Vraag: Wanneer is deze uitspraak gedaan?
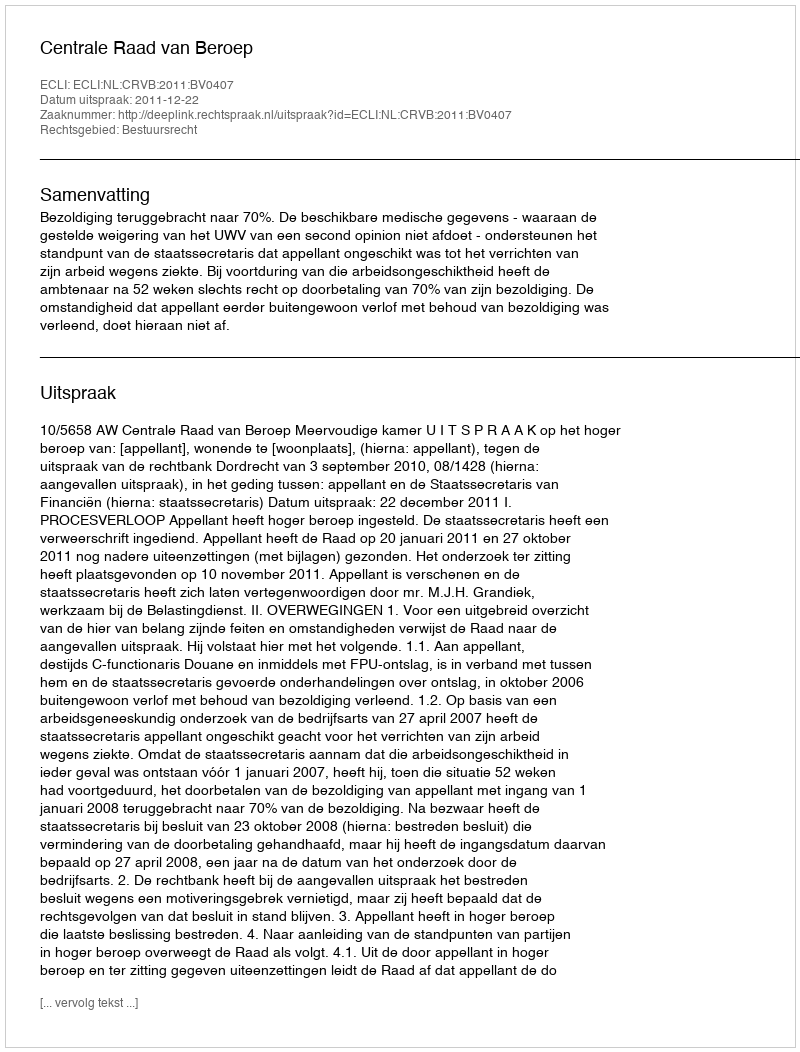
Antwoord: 2011-12-22